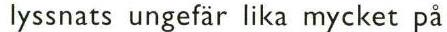
lyssnats ungefär lika mycket på